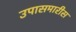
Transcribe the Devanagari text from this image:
उपासमारीस